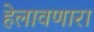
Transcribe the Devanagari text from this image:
हेलावणारा